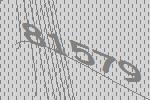
81579